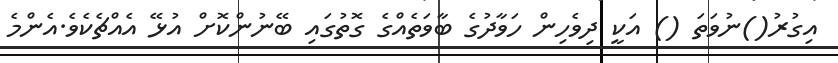
އިގުރު()ނުވަތަ () އަކީ ދިވެހިން ހަވާދުގެ ބާވަތެއްގެ ގޮތުގައި ބޭނުންކޮށް އުޅޭ އެއްޗެކެވެ.އެންމެ